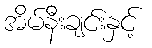
အိမ်နီးချင်းနှင့်